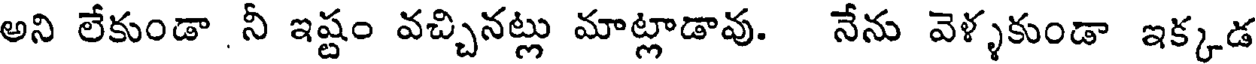
అని లేకుండా నీ ఇష్టం వచ్చినట్లు మాట్లాడావు. నేను వెళ్ళకుండా ఇక్కడ